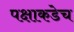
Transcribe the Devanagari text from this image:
पक्षाकडेच